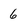
Character: 6